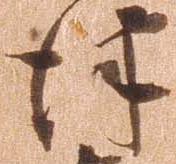
津